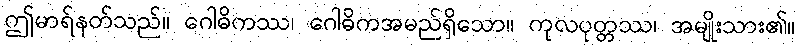
ဤမာရ်နတ်သည်။ ဂေါဓိကဿ၊ ဂေါဓိကအမည်ရှိသော။ ကုလပုတ္တဿ၊ အမျိုးသား၏။